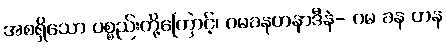
အစရှိသော ပစ္စည်းတို့ကြောင့်၊ ဂမခနဟနာဒီနံ- ဂမ ခန ဟန